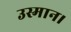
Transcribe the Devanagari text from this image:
उस्मान।